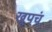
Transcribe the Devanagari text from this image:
खूपचं